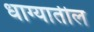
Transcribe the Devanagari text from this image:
धाग्यातील